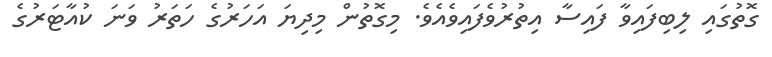
ގޮތުގައި ލިބިފައިވާ ފައިސާ އިތުރުވެފައިވެއެވެ. މިގޮތުން މިދިޔަ އަހަރުގެ ހަތަރު ވަނަ ކުއާޓަރުގެ